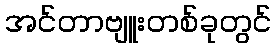
အင်တာဗျူးတစ်ခုတွင်